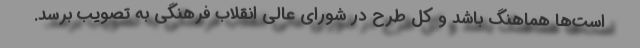
است‌ها هماهنگ باشد و کل طرح در شورای عالی انقلاب فرهنگی به تصویب برسد.